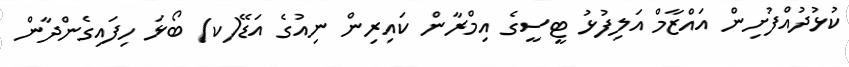
ކުޅުދުއްފުށިން އައްޒާމް އަލިފުޅު ޓީސީގެ އިމްރާން ކައިރިން ނިއުގެ އަޑޭ(ކ) ބޯޅަ ހިފައިގެންދާން